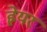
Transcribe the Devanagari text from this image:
ह्नेयर